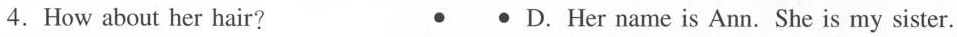
4.How about her hair? • • D.Her name is Ann. She is my sister.